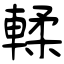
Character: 輮